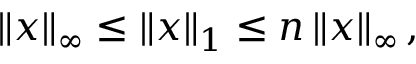
\left\| x \right\| _ { \infty } \leq \left\| x \right\| _ { 1 } \leq n \left\| x \right\| _ { \infty } ,